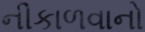
નીકાળવાનો